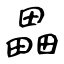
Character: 畾